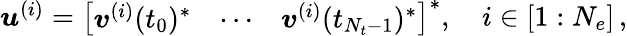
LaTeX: \begin{array}{r}{\boldsymbol{u}^{(i)}=\left[\begin{array}{lll}{\boldsymbol{v}^{(i)}(t_{0})^{*}}&{\cdots}&{\boldsymbol{v}^{(i)}(t_{N_{t}-1})^{*}}\end{array}\right]^{*},\quad i\in[1:N_{e}]\, ,}\end{array}